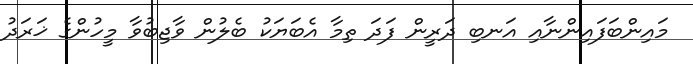
މައިންބަފައިންނާއި އަނބި ދަރީން ފަދަ ތިމާ އެބަޔަކު ބެލުން ވާޖިބުވާ މީހުންގެ ޚަރަދު